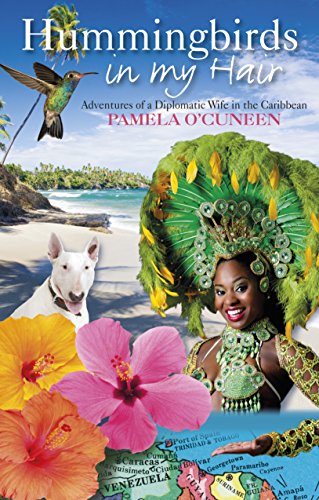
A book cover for Hummingbirds in My Hair; Pamela O'Cuneen; Travel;